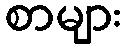
စာများ